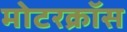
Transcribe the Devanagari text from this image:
मोटरक्रॉस